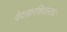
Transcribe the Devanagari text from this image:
वेदसारशिवस्तवः